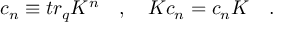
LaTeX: c _ { n } \equiv t r _ { q } K ^ { n } \quad , \quad K c _ { n } = c _ { n } K \quad .